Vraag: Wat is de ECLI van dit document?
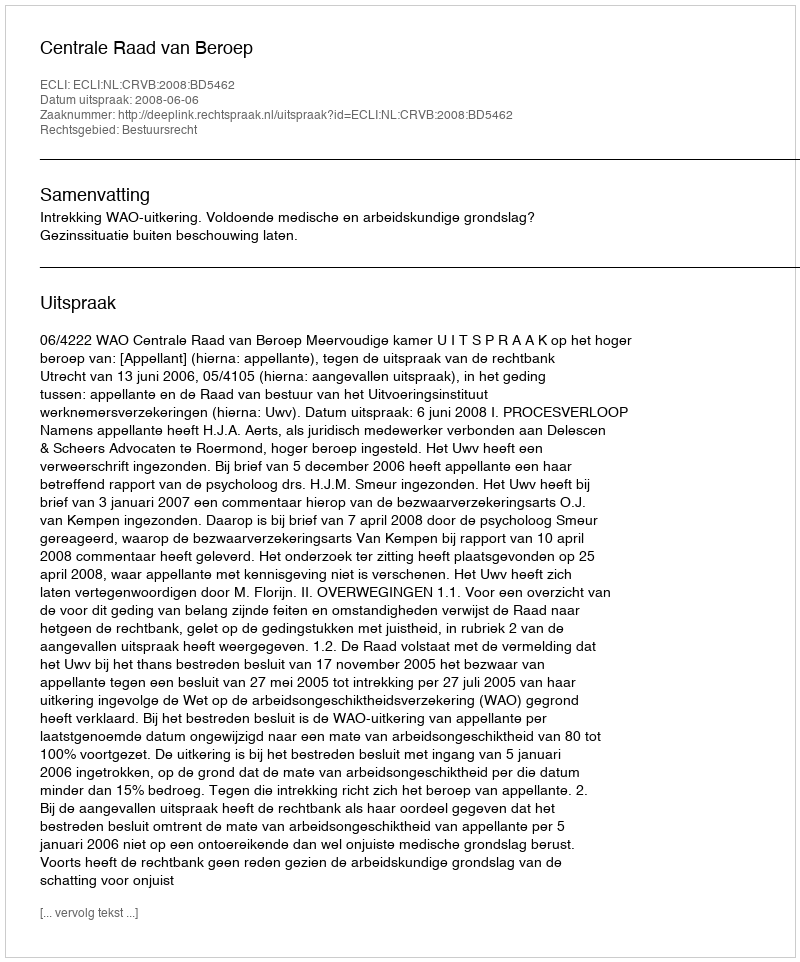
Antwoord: ECLI:NL:CRVB:2008:BD5462